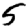
Digit: 5